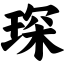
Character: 琛